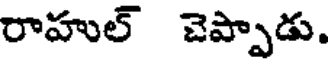
రాహుల్ చెప్పాడు.